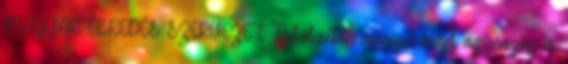
MAGYAR ÉBREDÉS SZERVEZET "Erkölcsében megújul majd az ország és